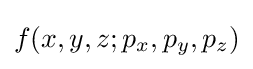
f(x,y,z;p_{x},p_{y},p_{z})